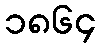
၁၈၆၄